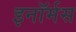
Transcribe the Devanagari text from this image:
इनॉर्मस